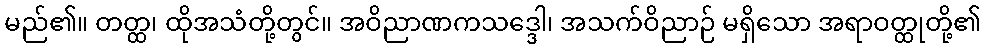
မည်၏။ တတ္ထ၊ ထိုအသံတို့တွင်။ အဝိညာဏကသဒ္ဒေါ၊ အသက်ဝိညာဉ် မရှိသော အရာဝတ္ထုတို့၏